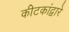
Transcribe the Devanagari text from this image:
कीटकांद्वारे